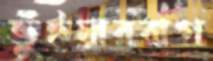
ভুঁইয়ারবাগ